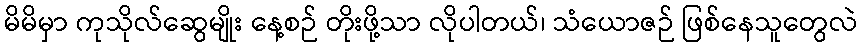
မိမိမှာ ကုသိုလ်ဆွေမျိုး နေ့စဉ် တိုးဖို့သာ လိုပါတယ်၊ သံယောဇဉ် ဖြစ်နေသူတွေလဲ